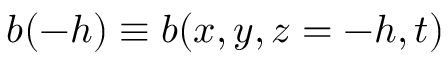
b ( - h ) \equiv b ( x , y , z = - h , t )